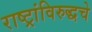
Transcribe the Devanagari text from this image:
राष्ट्रांविरुद्धचे